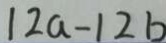
1 2 a - 1 2 b